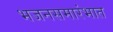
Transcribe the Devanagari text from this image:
भजनसमारंभात